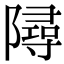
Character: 𨼔